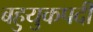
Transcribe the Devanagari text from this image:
बहुयुकपदी